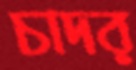
চাদর